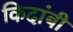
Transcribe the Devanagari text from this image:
किदांबी